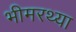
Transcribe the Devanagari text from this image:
भीमरथ्या